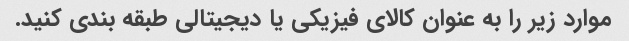
موارد زیر را به عنوان کالای فیزیکی یا دیجیتالی طبقه بندی کنید.